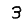
Digit: 3